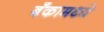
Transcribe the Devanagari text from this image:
बँकामध्ये